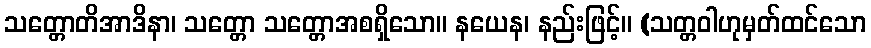
သတ္တောတိအာဒိနာ၊ သတ္တော သတ္တောအစရှိသော။ နယေန၊ နည်းဖြင့်။ (သတ္တဝါဟုမှတ်ထင်သော